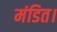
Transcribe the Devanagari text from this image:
मंडित।